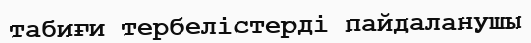
табиғи тербелістерді пайдаланушы